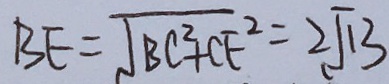
B E = \sqrt { B C ^ { 2 } + C E ^ { 2 } } = 2 \sqrt { 1 3 }